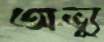
অভ্যু